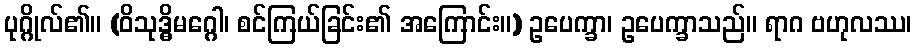
ပုဂ္ဂိုလ်၏။ (ဝိသုဒ္ဓိမဂ္ဂေါ၊ စင်ကြယ်ခြင်း၏ အကြောင်း။) ဥပေက္ခာ၊ ဥပေက္ခာသည်။ ရာဂ ဗဟုလဿ၊